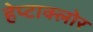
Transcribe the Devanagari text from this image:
हेप्‍टाक्‍लोर